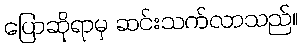
ပြောဆိုရာမှ ဆင်းသက်လာသည်။